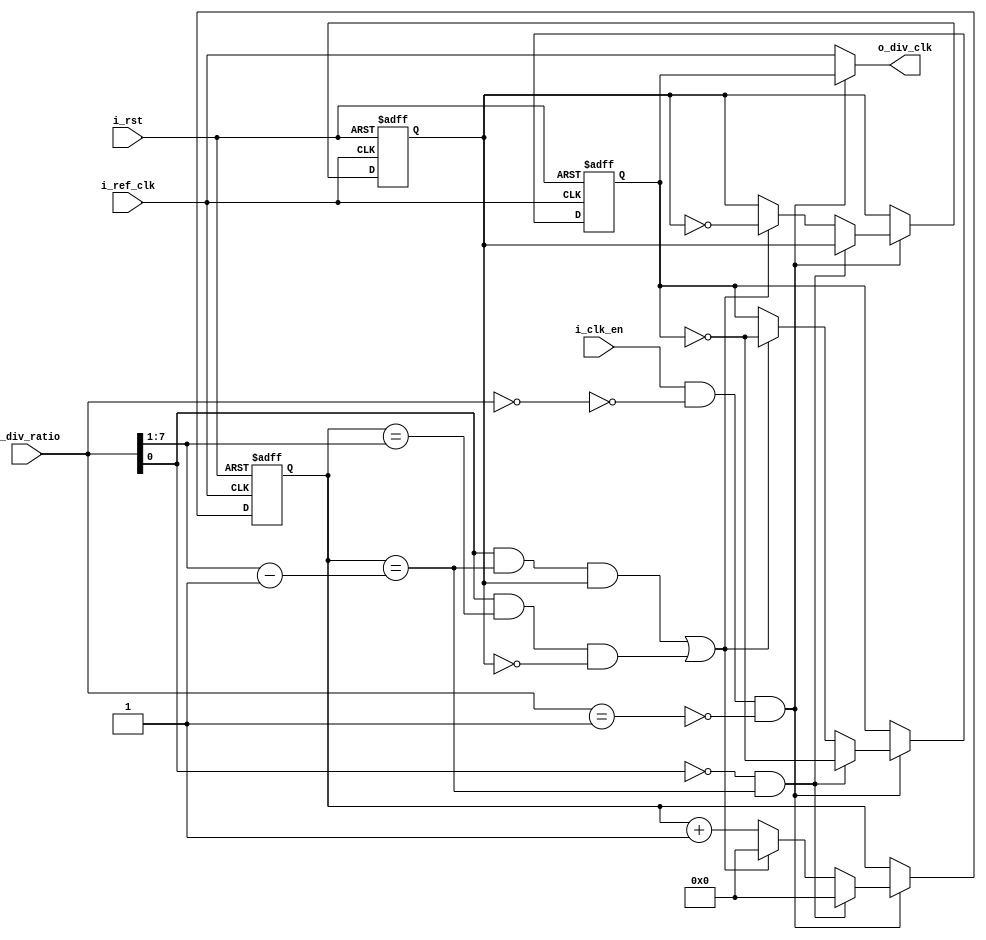

module clock_divider #(parameter ratio_width = 8)
(i_ref_clk,i_rst,i_clk_en,i_div_ratio,o_div_clk);
 
input                     i_ref_clk;
input                     i_rst;
input                     i_clk_en;
input [ratio_width-1 : 0] i_div_ratio;
output                    o_div_clk;


reg  [ratio_width-2 : 0]  counter;
wire [ratio_width-2 : 0]  zero_to_one_flip ;
wire [ratio_width-2 : 0]  one_to_zero_flip ;                                                       
reg                       div_clk;
reg                       odd_edge_tog ;
wire                      clk_en;
wire                      odd_checker;



always @(posedge i_ref_clk or negedge i_rst)               
begin
    if(!i_rst)
    begin
        counter <= 0;
        div_clk <= 0;
        odd_edge_tog <= 1;
    end
    else if(clk_en) 
    begin
      if(!odd_checker && (counter == zero_to_one_flip))              
      begin
        counter <= 0;
        div_clk <= ~div_clk;
      end
      else if((odd_checker && (counter == zero_to_one_flip) && odd_edge_tog ) || (odd_checker && (counter == one_to_zero_flip) && !odd_edge_tog ))  // odd edge flip condition
      begin  
        counter <= 0;
        div_clk <= ~div_clk;
        odd_edge_tog <= ~odd_edge_tog;
      end
      else
        counter <= counter + 1'b1;
    end
end



assign odd_checker = i_div_ratio[0] ;
assign zero_to_one_flip = ((i_div_ratio >> 1) - 1 );
assign one_to_zero_flip = (i_div_ratio >> 1);

assign clk_en = i_clk_en & !(i_div_ratio == 1'b0)  & !(i_div_ratio == 1'b1);      
assign o_div_clk = clk_en ? div_clk : i_ref_clk;


endmodule